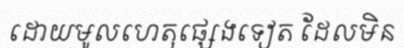
ដោយមូលហេតុផ្សេងទៀត ដែលមិន